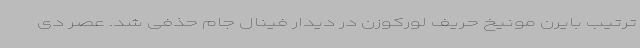
ترتیب بایرن مونیخ حریف لورکوزن در دیدار فینال جام حذفی شد. عصر دی